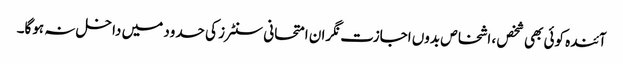
آئندہ کوئی بھی شخص ، اشخاص بدوں اجازت نگران امتحانی سنٹرز کی حدود میں داخل نہ ہوگا۔